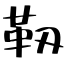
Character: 靱